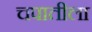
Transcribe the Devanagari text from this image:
चपातीला